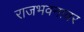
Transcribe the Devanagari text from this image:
राजभवनावर